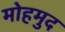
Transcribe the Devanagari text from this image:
मोहमुद